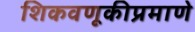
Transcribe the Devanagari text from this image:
शिकवणूकीप्रमाणे